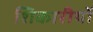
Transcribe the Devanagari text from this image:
शिकारीयों